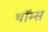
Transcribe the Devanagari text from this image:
थॉम्स